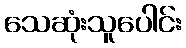
သေဆုံးသူပေါင်း